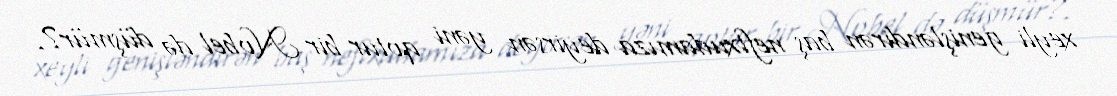
xeyli genişləndirən baş neftxudamıza deyirsən yəni qotur bir Nobel də düşmür?.